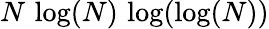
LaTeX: N\, \log(N)\, \log(\log(N))